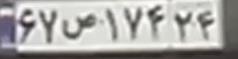
۶۷س۱۷۴۲۴